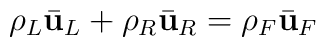
\rho _L\bar {\bf u}_L+\rho _R\bar {\bf u}_R=\rho _F\bar {\bf u}_F